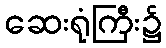
ဆေးရုံကြီး၌